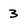
Character: 3